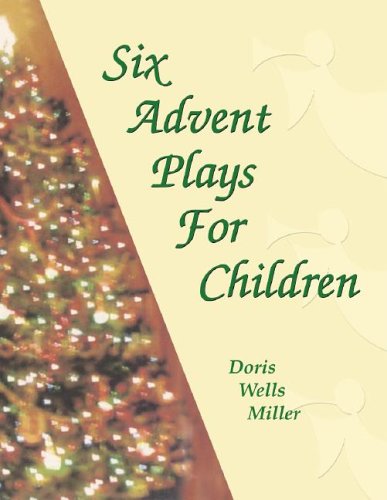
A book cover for Six Advent Plays For Children; Doris Wells Miller; Literature & Fiction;